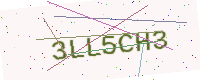
Text: 3LL5CH3